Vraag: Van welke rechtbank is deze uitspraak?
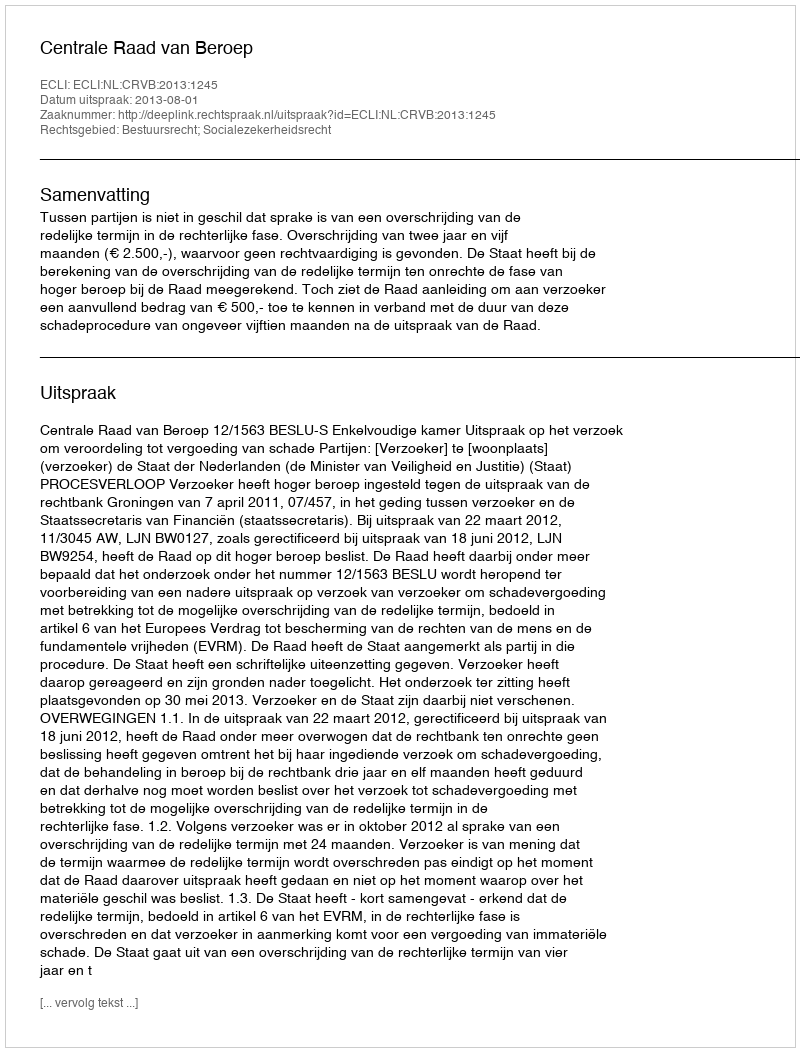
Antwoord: Centrale Raad van Beroep